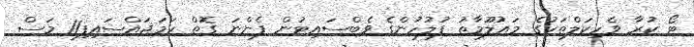
ޓޯ ކުރާ ވެހިކަލްތަކުގެ މައުލޫމާތު ފުލުހުންގެ ވެބްސައިޓުން ފެންނަ ގޮތް ހަމަޖައްސައިފި11 މަސް